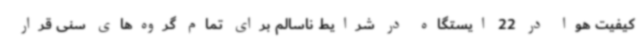
کیفیت هوا در 22 ایستگاه در شرایط ناسالم برای تمام گروه‌های سنی قرار